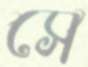
সে